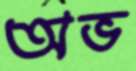
অভ